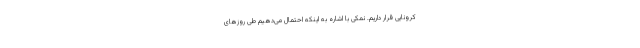
کرونایی قرار داریم. نمکی با اشاره به اینکه احتمال می‌دهیم طی روزهای